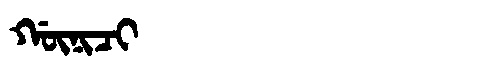
Manchu: ᡤᡡᠨᡳᠴᡳ
Romanization: GŪNICI